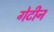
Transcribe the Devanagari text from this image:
गेटीन